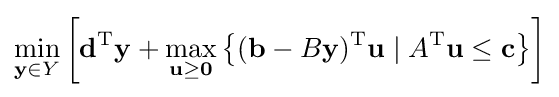
\min _{\mathbf {y} \in Y}\left[\mathbf {d} ^{\mathrm {T} }\mathbf {y} +\max _{\mathbf {u} \geq \mathbf {0} }\left\{(\mathbf {b} -B\mathbf {y} )^{\mathrm {T} }\mathbf {u} \mid A^{\mathrm {T} }\mathbf {u} \leq \mathbf {c} \right\}\right]